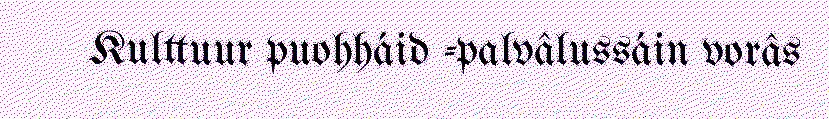
Kulttuur puohháid -palvâlussáin vorâs